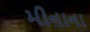
મીનાના